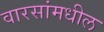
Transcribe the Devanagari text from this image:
वारसांमधील